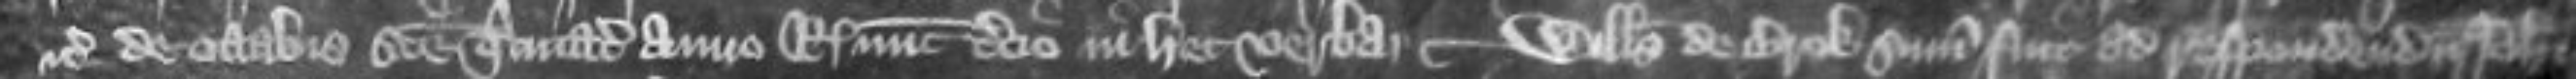
etc de octabis Sancte Trinitatis anno regis nunc tercio in hec verba Willelmus de Brok summonitus fuit ad respondendum Johanni